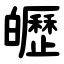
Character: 㿨